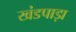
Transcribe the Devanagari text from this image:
खंडपाड़ा